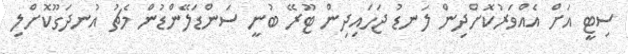
ސިޓީ އަށް އެއްވަރުކޮށްދިން ލަނޑު ޖަހައިދިން ޓޫރޭ ބުނީ ސަންޑަލޭންޑުން މެޗު އުނދަގޫކޮށްލި